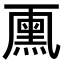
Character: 𠁘